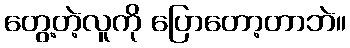
တွေ့တဲ့လူကို ပြောတော့တာဘဲ။